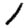
Digit: 1